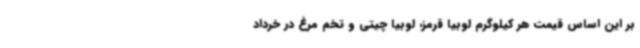
بر این اساس قیمت هر کیلوگرم لوبیا قرمز، لوبیا چیتی و تخم مرغ در خرداد